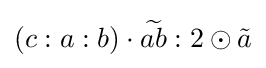
\left(c:a:b\right)\cdot {\widetilde {ab}}:2\odot {\tilde {a}}